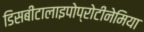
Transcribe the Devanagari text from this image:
डिसबीटालाइपोप्रोटीनेमिया